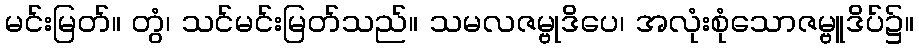
မင်းမြတ်။ တွံ၊ သင်မင်းမြတ်သည်။ သမလဇမ္ဗုဒိပေ၊ အလုံးစုံသောဇမ္ဗူဒိပ်၌။